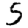
Digit: 5